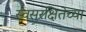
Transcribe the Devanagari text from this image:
स्वसुरक्षितेच्या